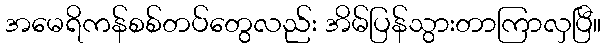
အမေရိကန်စစ်တပ်တွေလည်း အိမ်ပြန်သွားတာကြာလှပြီ။